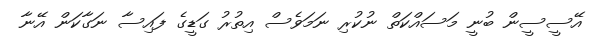
އޭސީސީން ބުނީ މަސައްކަތް ނުކުރި ނަމަވެސް އިތުރު ގަޑީގެ ފައިސާ ނަގާކަން އޭނާ